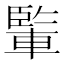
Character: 𨍒